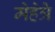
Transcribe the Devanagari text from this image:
मेहेत्रे